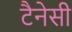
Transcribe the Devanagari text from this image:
टैनेसी